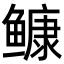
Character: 𩾌